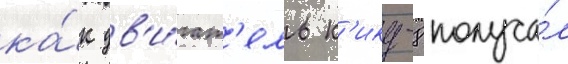
ка́к дв'и́гат'ель к'ику-8 получа́л